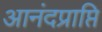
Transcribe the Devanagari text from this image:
आनंदप्राप्ति